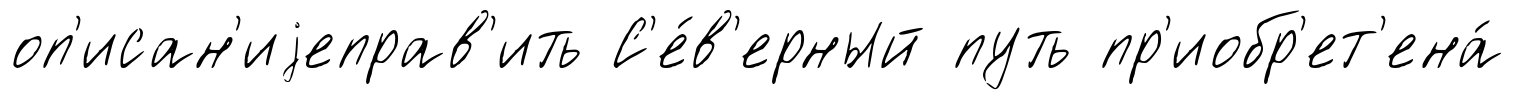
оп'исан'иjеправ'ить С'е́в'ерный путь пр'иобр'ет'ена́